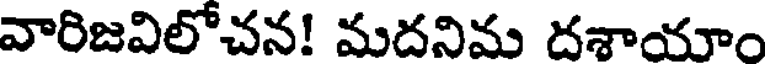
వారిజవిలోచన! మదనిమ దశాయాం